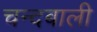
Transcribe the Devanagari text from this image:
चन्दबाली